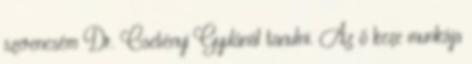
szerencsém Dr. Csetényi Gyulánál tanulni. Az ő keze munkája